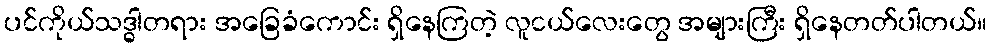
ပင်ကိုယ်သဒ္ဓါတရား အခြေခံကောင်း ရှိနေကြတဲ့ လူငယ်လေးတွေ အများကြီး ရှိနေတတ်ပါတယ်။